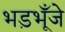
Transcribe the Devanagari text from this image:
भड़भूँजे